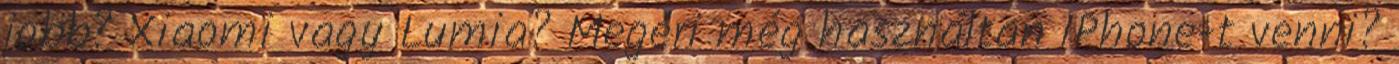
jobb? Xiaomi vagy Lumia? Megéri még használtan iPhone-t venni?